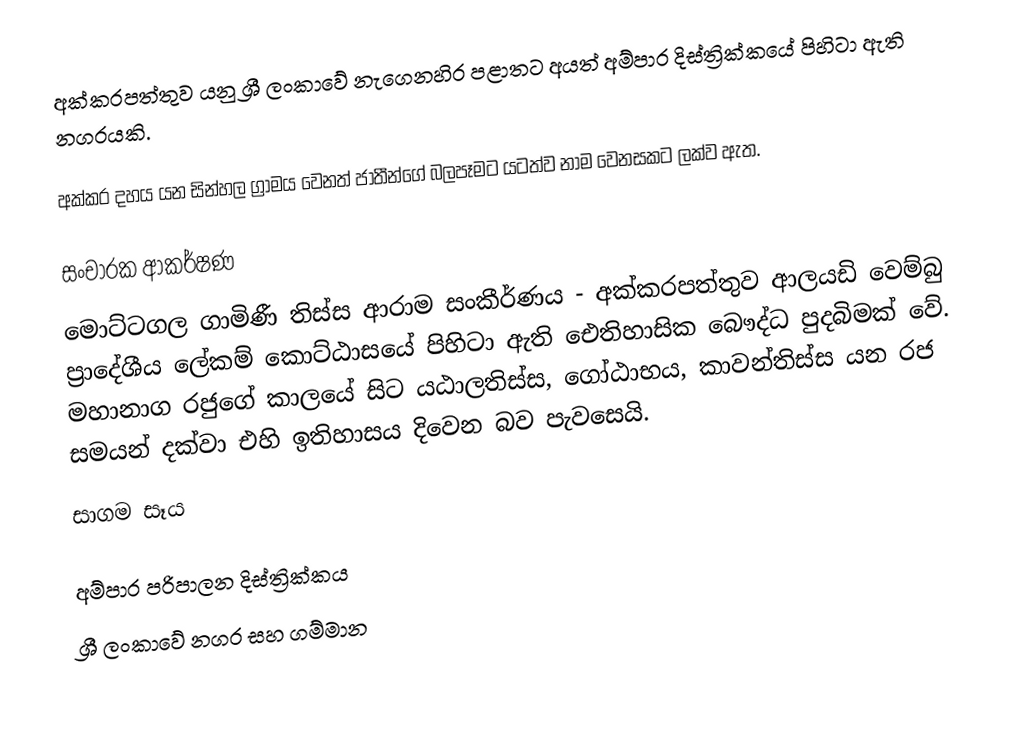
අක්කරපත්තුව යනු ශ්‍රී ලංකාවේ නැගෙනහිර පළාතට අයත් අම්පාර දිස්ත්‍රික්කයේ පිහිටා ඇති නගරයකි.

අක්කර දහය යන සින්හල ග්‍රාමය වෙනත් ජාතීන්ගේ බලපෑමට යටත්ව නාම වෙනසකට ලක්ව ඇත.

සංචාරක ආකර්ෂණ
මොට්ටගල ගාමිණී තිස්ස ආරාම සංකීර්ණය - අක්කරපත්තුව ආලයඩි වෙම්බු ප‍්‍රාදේශීය ලේකම් කොට්ඨාසයේ පිහිටා ඇති ඓතිහාසික බෞද්ධ පුදබිමක් වේ. මහානාග රජුගේ කාලයේ සිට යඨාලතිස්ස, ගෝඨාභය, කාවන්තිස්ස යන රජ සමයන් දක්වා එහි ඉතිහාසය දිවෙන බව පැවසෙයි.
සාගම සෑය

අම්පාර පරිපාලන දිස්ත්‍රික්කය
ශ්‍රී ලංකාවේ නගර සහ ගම්මාන